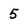
Character: 5